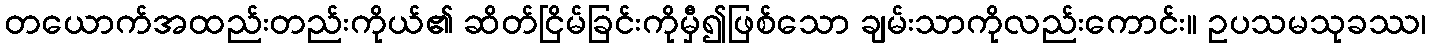
တယောက်အထည်းတည်းကိုယ်၏ ဆိတ်ငြိမ်ခြင်းကိုမှီ၍ဖြစ်သော ချမ်းသာကိုလည်းကောင်း။ ဥပသမသုခဿ၊